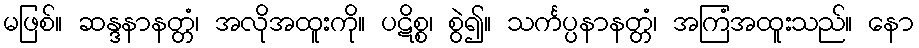
မဖြစ်။ ဆန္ဒနာနတ္တံ၊ အလိုအထူးကို။ ပဋိစ္စ၊ စွဲ၍။ သင်္ကပ္ပနာနတ္တံ၊ အကြံအထူးသည်။ နော